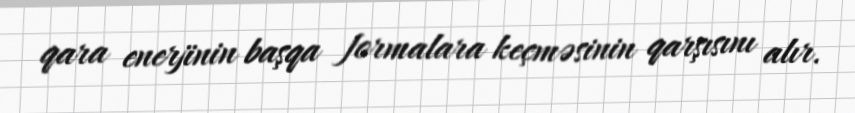
qara enerjinin başqa formalara keçməsinin qarşısını alır.